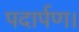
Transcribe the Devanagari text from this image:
पदार्पण।